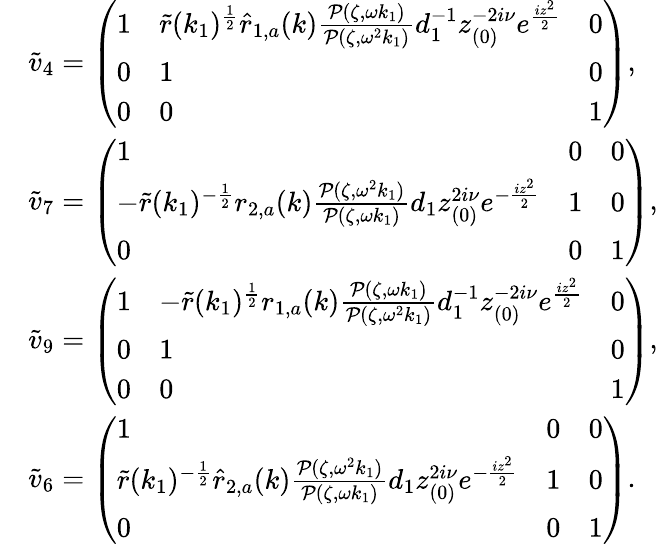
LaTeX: \begin{array}{rl}&{\tilde{v}_{4}=\left(\begin{array}{lll}{1}&{\tilde{r}(k_{1})^{\frac{1}{2}}\hat{r}_{1,a}(k)\frac{\mathcal{P}(\zeta,\omega k_{1})}{\mathcal{P}(\zeta,\omega^{2}k_{1})}d_{1}^{-1}z_{(0)}^{-2i\nu}e^{\frac{iz^{2}}{2}}}&{0}\\ {0}&{1}&{0}\\ {0}&{0}&{1}\end{array}\right),}\\ &{\tilde{v}_{7}=\left(\begin{array}{lll}{1}&{0}&{0}\\ {-\tilde{r}(k_{1})^{-\frac{1}{2}}r_{2,a}(k)\frac{\mathcal{P}(\zeta,\omega^{2}k_{1})}{\mathcal{P}(\zeta,\omega k_{1})}d_{1}z_{(0)}^{2i\nu}e^{-\frac{iz^{2}}{2}}}&{1}&{0}\\ {0}&{0}&{1}\end{array}\right),}\\ &{\tilde{v}_{9}=\left(\begin{array}{lll}{1}&{-\tilde{r}(k_{1})^{\frac{1}{2}}r_{1,a}(k)\frac{\mathcal{P}(\zeta,\omega k_{1})}{\mathcal{P}(\zeta,\omega^{2}k_{1})}d_{1}^{-1}z_{(0)}^{-2i\nu}e^{\frac{iz^{2}}{2}}}&{0}\\ {0}&{1}&{0}\\ {0}&{0}&{1}\end{array}\right),}\\ &{\tilde{v}_{6}=\left(\begin{array}{lll}{1}&{0}&{0}\\ {\tilde{r}(k_{1})^{-\frac{1}{2}}\hat{r}_{2,a}(k)\frac{\mathcal{P}(\zeta,\omega^{2}k_{1})}{\mathcal{P}(\zeta,\omega k_{1})}d_{1}z_{(0)}^{2i\nu}e^{-\frac{iz^{2}}{2}}}&{1}&{0}\\ {0}&{0}&{1}\end{array}\right).}\end{array}